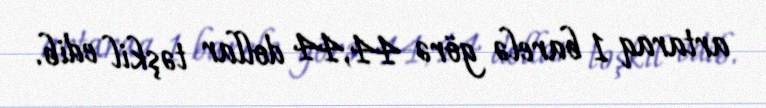
artaraq 1 barelə görə 44,44 dollar təşkil edib.